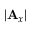
| \mathbf { A } _ { x } |